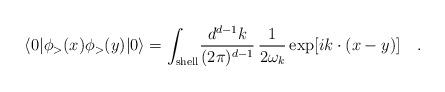
LaTeX: \begin{align*}\langle 0|\phi_>(x)\phi_>(y)|0\rangle=\int_{\rm shell}\!{d^{d-1}k\over (2\pi)^{d-1}}\,{1\over 2\omega_k}\exp[ik\cdot(x-y)]\quad.\end{align*}